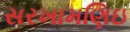
સરખામણિઇ